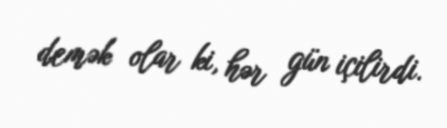
demək olar ki, hər gün içilirdi.